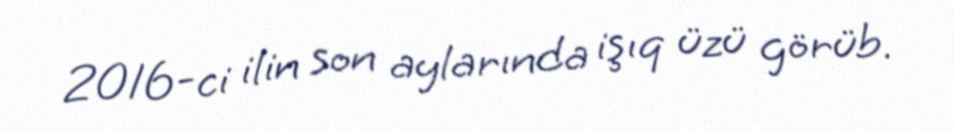
2016-ci ilin son aylarında işıq üzü görüb.